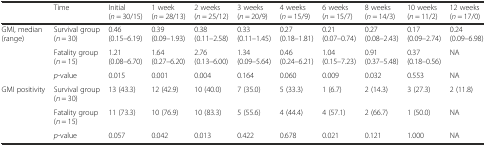
|  | Time | Initial (n = 30/15) | 1 week (n = 28/13) | 2 weeks (n = 25/12) | 3 weeks (n = 20/9) | 4 weeks (n = 15/9) | 6 weeks (n = 15/7) | 8 weeks (n = 14/3) | 10 weeks (n = 11/2) | 12 weeks (n = 17/0) |
 | --- | --- | --- | --- | --- | --- | --- | --- | --- | --- | --- |
 | <ROWSPAN=3> GMI, median (range) | Survival group (n = 30) | 0.46 (0.15–6.19) | 0.39 (0.09–1.93) | 0.38 (0.11–2.58) | 0.33 (0.11–1.45) | 0.27 (0.18–1.81) | 0.21 (0.07–0.74) | 0.27 (0.08–2.43) | 0.17 (0.09–2.74) | 0.24 (0.09–6.98) |
 | Fatality group (n = 15) | 1.21 (0.08–6.70) | 1.64 (0.27–6.20) | 2.76 (0.13–6.00) | 1.34 (0.09–5.64) | 0.46 (0.24–6.21) | 1.04 (0.15–7.23) | 0.91 (0.37–5.48) | 0.37 (0.18–0.56) | NA |
 | p-value | 0.015 | 0.001 | 0.004 | 0.164 | 0.060 | 0.009 | 0.032 | 0.553 | NA |
 | <ROWSPAN=3> GMI positivity | Survival group (n = 30) | 13 (43.3) | 12 (42.9) | 10 (40.0) | 7 (35.0) | 5 (33.3) | 1 (6.7) | 2 (14.3) | 3 (27.3) | 2 (11.8) |
 | Fatality group (n = 15) | 11 (73.3) | 10 (76.9) | 10 (83.3) | 5 (55.6) | 4 (44.4) | 4 (57.1) | 2 (66.7) | 1 (50.0) | NA |
 | p-value | 0.057 | 0.042 | 0.013 | 0.422 | 0.678 | 0.021 | 0.121 | 1.000 | NA |